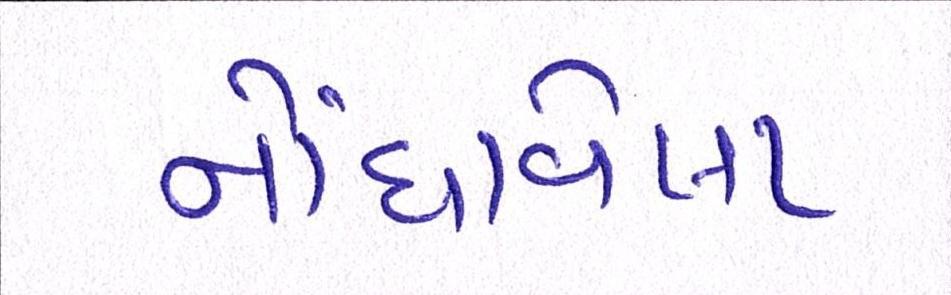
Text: નોંધાવેલા